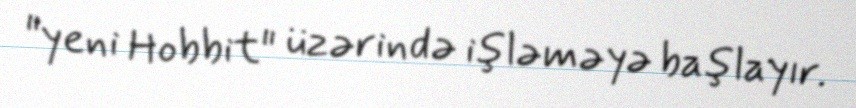
"yeni Hobbit" üzərində işləməyə başlayır.